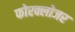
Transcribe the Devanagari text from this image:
फोरक्लोजर